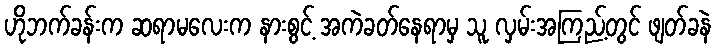
ဟိုဘက်ခန်းက ဆရာမလေးက နားစွင့် အကဲခတ်နေရာမှ သူ လှမ်းအကြည့်တွင် ဖျတ်ခနဲ